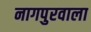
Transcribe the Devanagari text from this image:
नागपुरवाला